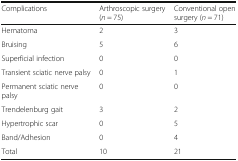
| Complications | Arthroscopic surgery (n = 75) | Conventional open surgery (n = 71) |
 | --- | --- | --- |
 | Hematoma | 2 | 3 |
 | Bruising | 5 | 6 |
 | Superficial infection | 0 | 0 |
 | Transient sciatic nerve palsy | 0 | 1 |
 | Permanent sciatic nerve palsy | 0 | 0 |
 | Trendelenburg gait | 3 | 2 |
 | Hypertrophic scar | 0 | 5 |
 | Band/Adhesion | 0 | 4 |
 | Total | 10 | 21 |